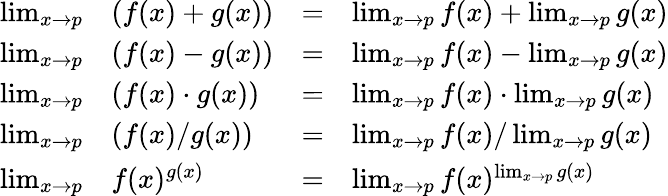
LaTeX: \begin{array}{llll}{\operatorname*{lim}_{x\to p}}&{(f(x)+g(x))}&{=}&{\operatorname*{lim}_{x\to p}f(x)+\operatorname*{lim}_{x\to p}g(x)}\\ {\operatorname*{lim}_{x\to p}}&{(f(x)-g(x))}&{=}&{\operatorname*{lim}_{x\to p}f(x)-\operatorname*{lim}_{x\to p}g(x)}\\ {\operatorname*{lim}_{x\to p}}&{(f(x)\cdot g(x))}&{=}&{\operatorname*{lim}_{x\to p}f(x)\cdot\operatorname*{lim}_{x\to p}g(x)}\\ {\operatorname*{lim}_{x\to p}}&{(f(x)/g(x))}&{=}&{{\operatorname*{lim}_{x\to p}f(x)/\operatorname*{lim}_{x\to p}g(x)}}\\ {\operatorname*{lim}_{x\to p}}&{f(x)^{g(x)}}&{=}&{{\operatorname*{lim}_{x\to p}f(x)^{\operatorname*{lim}_{x\to p}g(x)}}}\end{array}